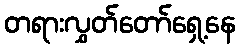
တရားလွှတ်တော်ရှေ့နေ